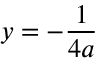
y = - { \frac { 1 } { 4 a } }